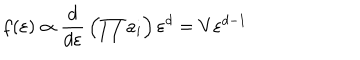
f ( \varepsilon ) \propto { \frac { d } { d \varepsilon } } \left( \prod a _ { i } \right) \varepsilon ^ { d } = V \varepsilon ^ { d - 1 }